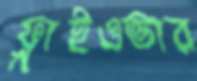
ফ্লাইওভার